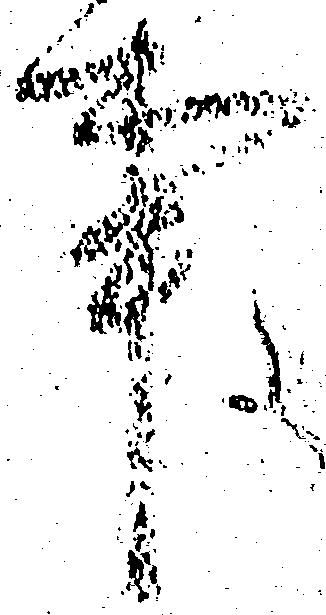
事